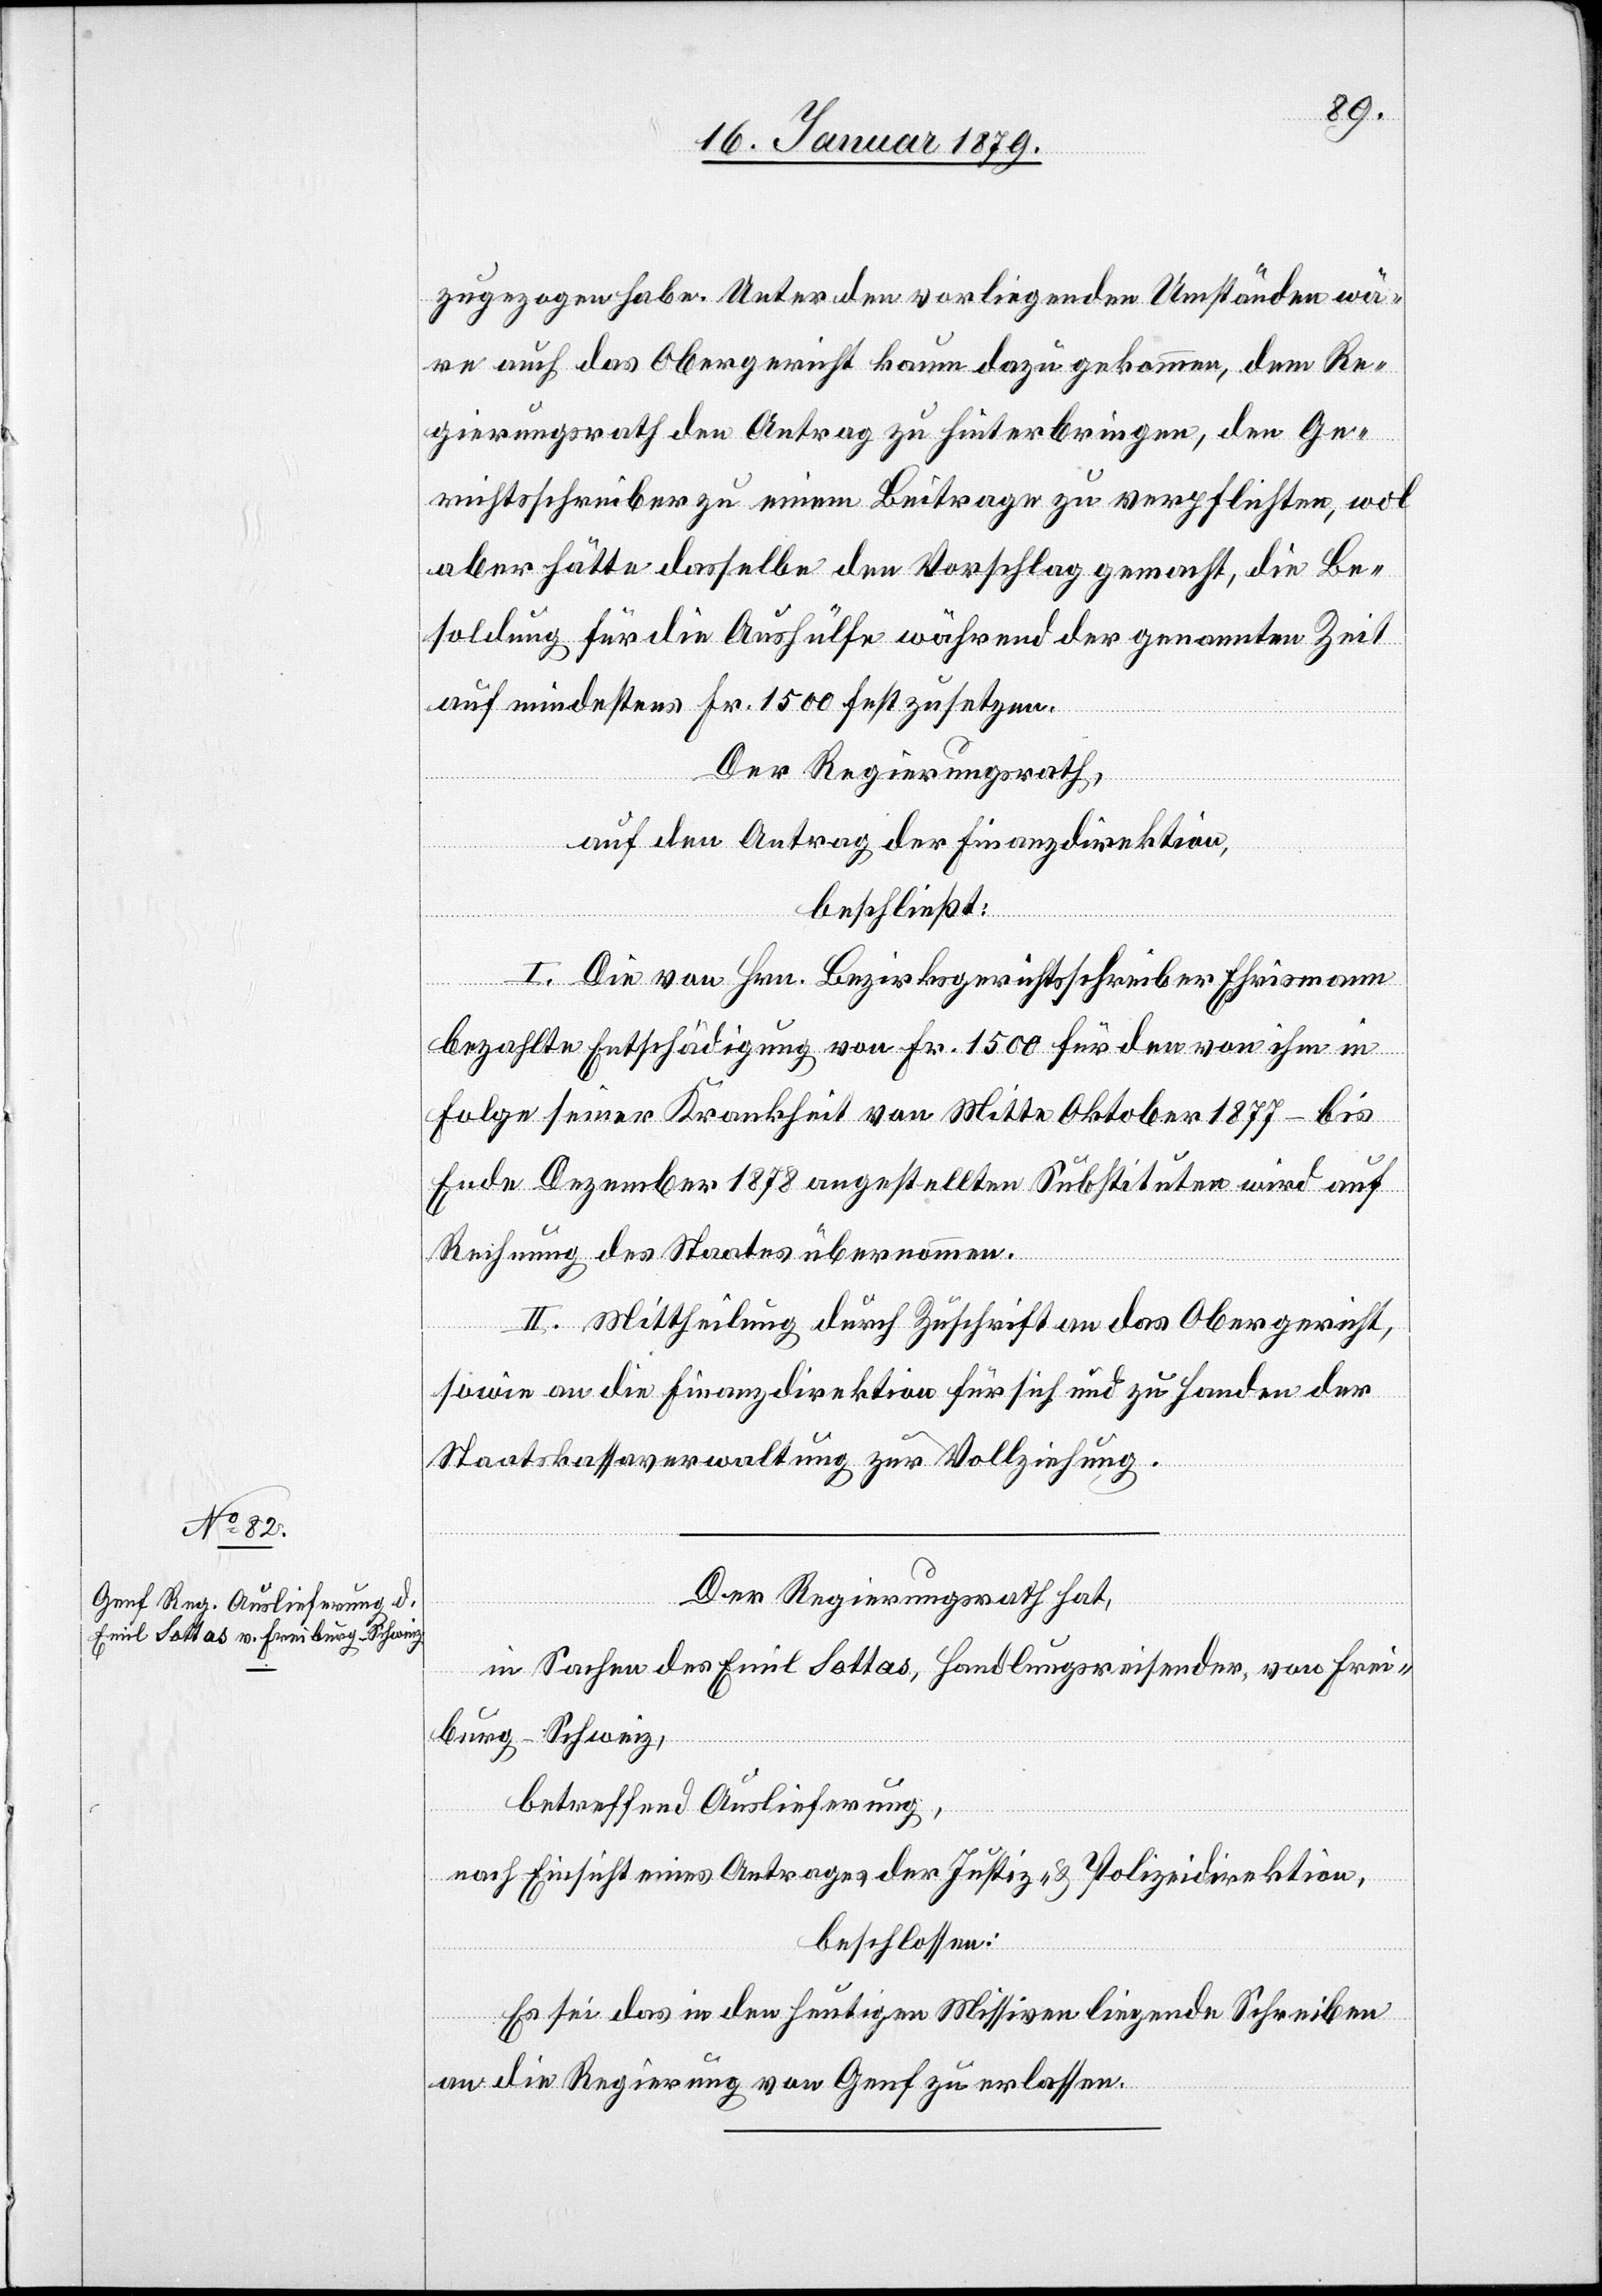
zugezogen habe. Unter den vorliegenden Umständen wä¬
re auch das Obergericht kaum dazu gekommen, dem Re¬
gierungsrathe den Antrag zu hinterbringen, den Ge¬
richtsschreiber zu einem Beitrage zu verpflichten, wol
aber hätte dasselbe den Vorschlag gemacht, die Be¬
soldung für die Aushülfe während der genannten Zeit
auf mindestens Fr. 1500 festzusetzen.
Der Regierungsrath,
auf den Antrag der Finanzdirektion,
beschließt:
I. Die von Hrn. Bezirksgerichtsschreiber Ehrismann
bezahlte Entschädigung von Fr. 1500 für den von ihm in
Folge seiner Krankheit von Mitte Oktober 1877 bis
Ende Dezember 1878 angestellten Substituten wird auf
Rechnung des Staates übernommen.
II. Mittheilung durch Zuschrift an das Obergericht,
sowie an die Finanzdirektion für sich und zu Handen der
Staatskassaverwaltung zur Vollziehung.
Der Regierungsrath hat,
in Sachen des Emil Sottas, Handlungsreisender, von Frei¬
burg - Schweiz,
betreffend Auslieferung,
nach Einsicht eines Antrages der Justiz- & Polizeidirektion,
beschlossen:
Es sei das in den heutigen Missiven liegende Schreiben
an die Regierung von Genf zu erlassen.